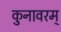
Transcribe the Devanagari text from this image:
कुनावरम्